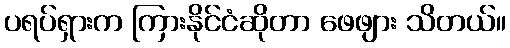
ပရပ်ရှားက ကြားနိုင်ငံဆိုတာ ဖေဖျား သိတယ်။